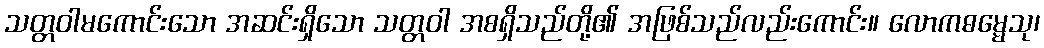
သတ္တဝါမကောင်းသော အဆင်းရှိသော သတ္တဝါ အစရှိသည်တို့၏ အဖြစ်သည်လည်းကောင်း။ လောကဓမ္မေသု၊